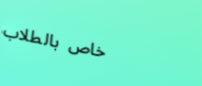
خاص بالطلاب